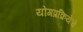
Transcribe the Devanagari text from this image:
योगप्रक्रियेचे